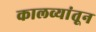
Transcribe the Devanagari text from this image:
कालव्यांतून